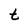
Character: t